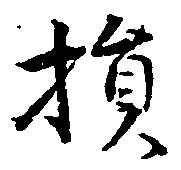
損